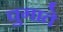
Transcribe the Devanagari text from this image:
चुगाते